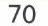
70